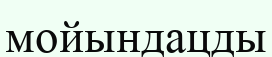
мойындацды